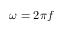
\omega = 2 \pi f